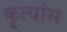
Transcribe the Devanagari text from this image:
कृत्यांस